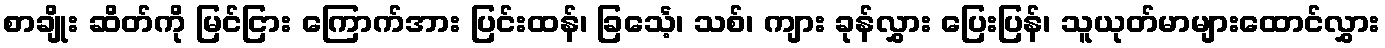
စာချိုး ဆိတ်ကို မြင်ငြား ကြောက်အား ပြင်းထန်၊ ခြင်္သေ့၊ သစ်၊ ကျား ခုန်လွှား ပြေးပြန်၊ သူယုတ်မာများထောင်လွှား